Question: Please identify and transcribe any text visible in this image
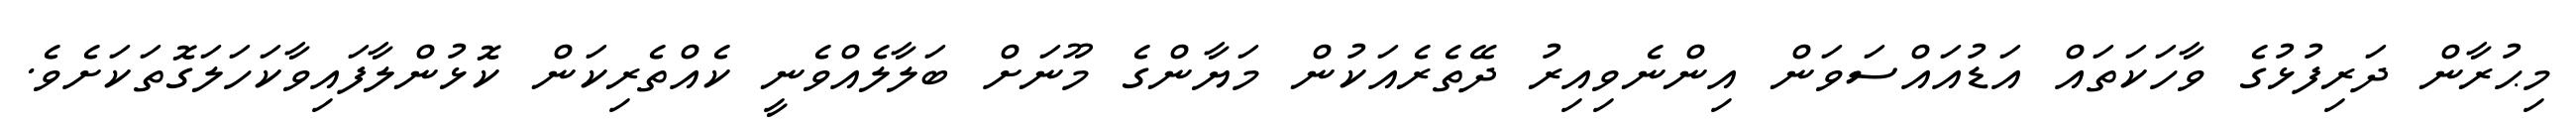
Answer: މިޙުރާން ދަރިފުޅުގެ ވާހަކަތައް އަޑުއައްސަވަން އިންނެވިއިރު ދޭތެރެއަކުން މަޔާންގެ މޫނަށް ބަލާލެއްވެނީ ކެއްތެރިކަން ކޮޅުންލާފައިވާކަހަލަގޮތަކަށެވެ.